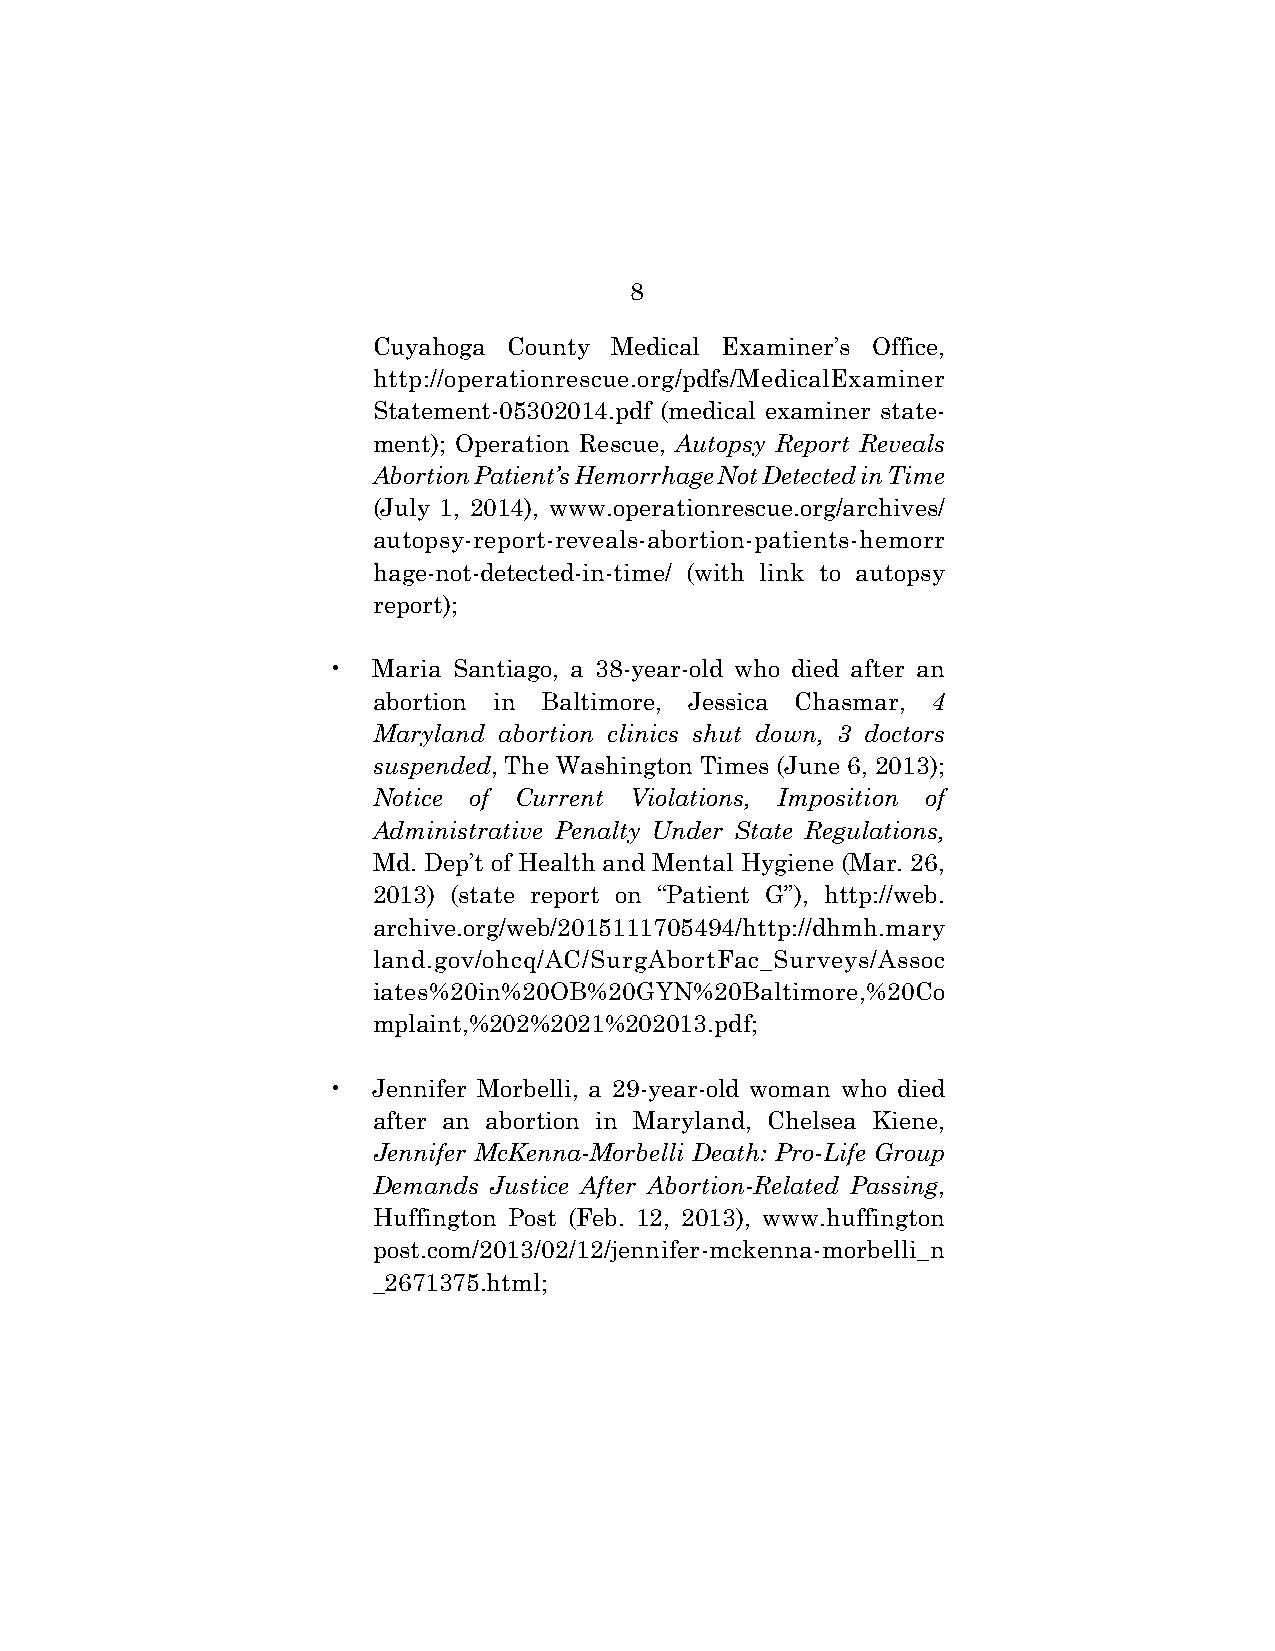
8
 Cuyahoga County Medical Examiner’s Office,
 http://operationrescue.org/pdfs/MedicalExaminer
 Statement-05302014.pdf (medical examiner state-
 ment); Operation Rescue, Autopsy Report Reveals
 Abortion Patient’s Hemorrhage Not Detected in Time
 (July 1, 2014), www.operationrescue.org/archives/
 autopsy-report-reveals-abortion-patients-hemorr
 hage-not-detected-in-time/ (with link to autopsy
 report);
 •  Maria Santiago, a 38-year-old who died after an
 abortion in Baltimore, Jessica Chasmar, 4
 Maryland abortion clinics shut down, 3 doctors
 suspended, The Washington Times (June 6, 2013);
 Notice of Current Violations, Imposition of
 Administrative Penalty Under State Regulations,
 Md. Dep’t of Health and Mental Hygiene (Mar. 26,
 2013) (state report on “Patient G”), http://web.
 archive.org/web/2015111705494/http://dhmh.mary
 land.gov/ohcq/AC/SurgAbortFac_Surveys/Assoc
 iates%20in%20OB%20GYN%20Baltimore,%20Co
 mplaint,%202%2021%202013.pdf;
 •  Jennifer Morbelli, a 29-year-old woman who died
 after an abortion in Maryland, Chelsea Kiene,
 Jennifer McKenna-Morbelli Death: Pro-Life Group
 Demands Justice After Abortion-Related Passing,
 Huffington Post (Feb. 12, 2013), www.huffington
 post.com/2013/02/12/jennifer-mckenna-morbelli_n
 _2671375.html;